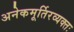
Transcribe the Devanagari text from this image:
अनेकमूर्तिरव्यक्तः